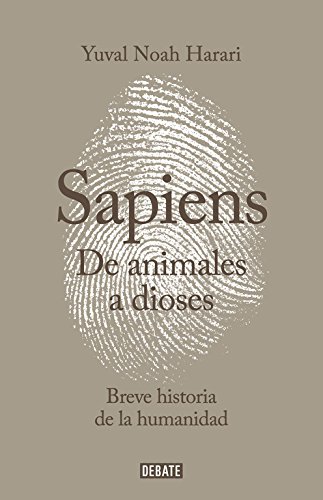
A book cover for De animales a dioses (Spanish Edition); Yuval Harari; History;